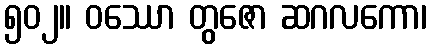
၅၀၂။ ဝဿော တွဇော ဆဂလကော၊